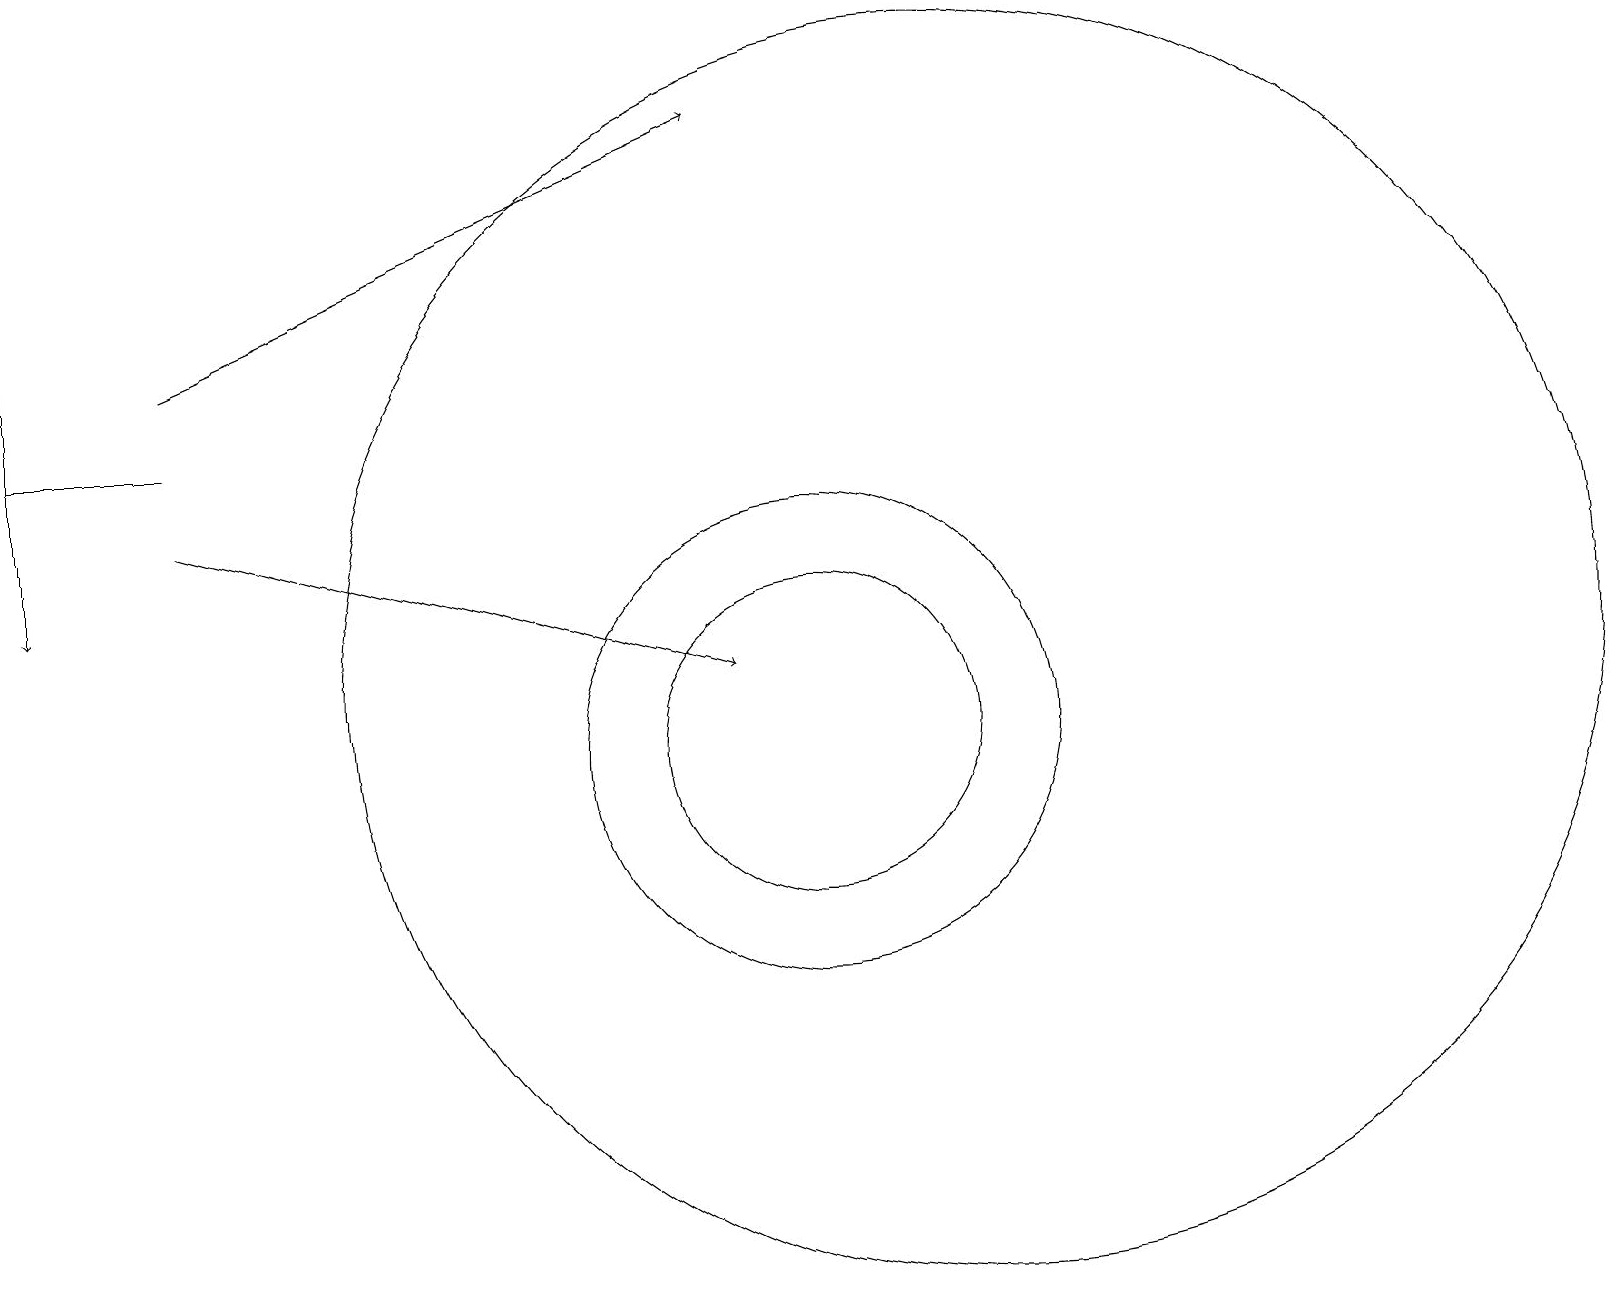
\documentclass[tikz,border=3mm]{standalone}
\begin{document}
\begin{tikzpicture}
\draw (12,11) circle (8);
\draw (0,14) rectangle (2,14);
\draw (10,10) circle (3);
\draw (10,10) circle (2);
\draw[->] (2,13) -- (9,11);
\draw[->] (2,15) -- (9,18);
\draw[->] (0,16) -- (0,12);
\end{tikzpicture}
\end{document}